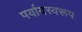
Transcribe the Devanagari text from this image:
पर्यायस्वरूप